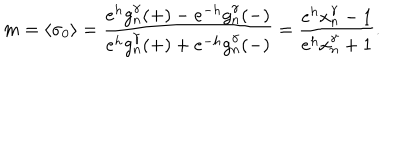
LaTeX: m = \langle \sigma _ { 0 } \rangle = \frac { e ^ { h } g _ { n } ^ { \gamma } ( + ) - e ^ { - h } g _ { n } ^ { \gamma } ( - ) } { e ^ { h } g _ { n } ^ { \gamma } ( + ) + e ^ { - h } g _ { n } ^ { \gamma } ( - ) } = \frac { e ^ { h } x _ { n } ^ { \gamma } - 1 } { e ^ { h } x _ { n } ^ { \gamma } + 1 } .